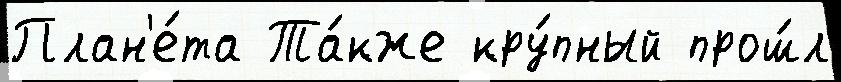
План'е́та Та́кже кру́пный прош́л